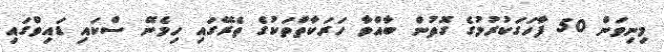
މިނިވަން 50 ފާހަގަކުރުމުގެ ގޮތުން ބާއްވާ ހަރަކާތްތަކުގެ ތެރޭގައި ހިމެނޭ ސްކައި ޑައިވްގައި